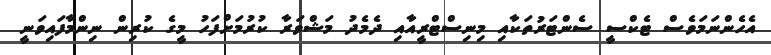
އެހެންނަމަވެސް ޓެކްސީ ސެންޓަރުތަކާއި މިނިސްޓްރީއާއި ދެމެދު މަޝްވަރާ ކުރުމަށްފަހު މީގެ ކުރިން ނިންމާފައިވަނީ